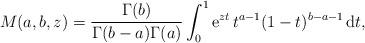
LaTeX: \begin{align*} M(a, b, z) = \frac{\Gamma(b)}{\Gamma(b-a)\Gamma(a)} \int_0^1 {\rm e}^{zt}\, t^{a-1}(1-t)^{b-a-1}\, {\rm d}t, \end{align*}